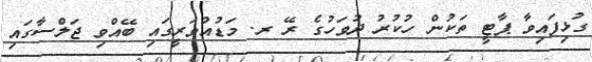
ގުޅިފައިވާ ޕާޓީ ތަކުން ހުކުރު ދުވަހުގެ ރޭ ރ. މަޑުއްވަރީގައި ބޭއްވި ޖަލްސާގައި